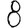
Digit: 8